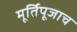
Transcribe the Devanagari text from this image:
मूर्तिपूजाच